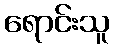
ရောင်းသူ